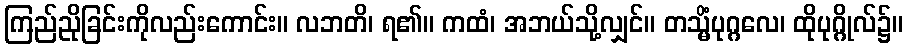
ကြည်ညိုခြင်းကိုလည်းကောင်း။ လဘတိ၊ ရ၏။ ကထံ၊ အဘယ်သို့လျှင်။ တသ္မိံပုဂ္ဂလေ၊ ထိုပုဂ္ဂိုလ်၌။